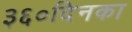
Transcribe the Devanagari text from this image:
३६०दिनका